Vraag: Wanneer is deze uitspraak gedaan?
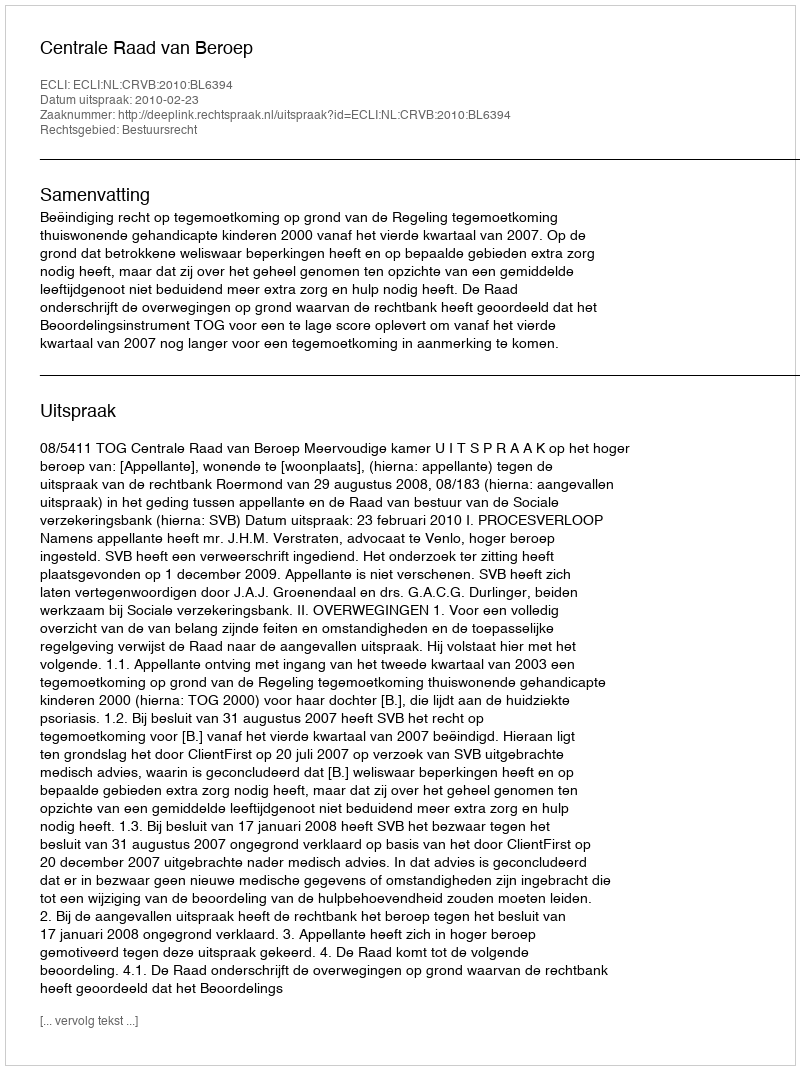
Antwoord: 2010-02-23